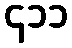
၄၁၁